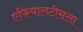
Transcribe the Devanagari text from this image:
एफियालटीसला